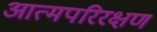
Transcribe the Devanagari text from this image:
आत्मपरिरक्षण